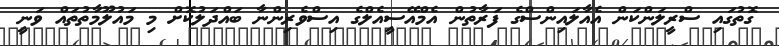
ގޮތުގައި ސްރީލަންކަން އެއާލައިންސްގެ ފަރާތުން އެމްއޭސީއެލްގެ އިސްވެރިންނާ ބައްދަލުކޮށް މި މައުލޫމާތުތައް ވަނީ